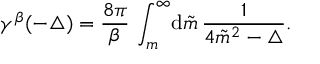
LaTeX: \gamma ^ { \beta } ( { - \triangle } ) = \frac { 8 \pi } { \beta } \, \int _ { m } ^ { \infty } \! { \mathrm d } \tilde { m } \, \frac { 1 } { 4 { \tilde { m } } ^ { 2 } - \triangle } .